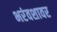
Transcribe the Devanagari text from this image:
भरंवशावर